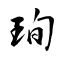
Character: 珣